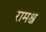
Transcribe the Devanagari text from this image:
रामश्च